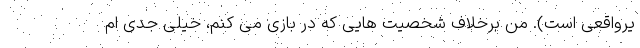
یرواقعی است). من برخلاف شخصیت هایی که در بازی می کنم، خیلی جدی ام